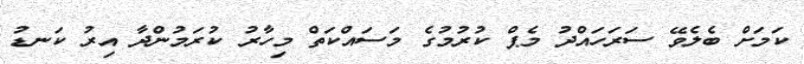
ކަމަށް ބެލެވޭ ސަރަހައްދު މެޕް ކުރުމުގެ މަސައްކަތް މިހާރު ކުރަމުންދާ އިރު ކަނޑު